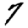
Digit: 7